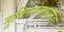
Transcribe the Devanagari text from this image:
मुक्तिसंग्रामातही